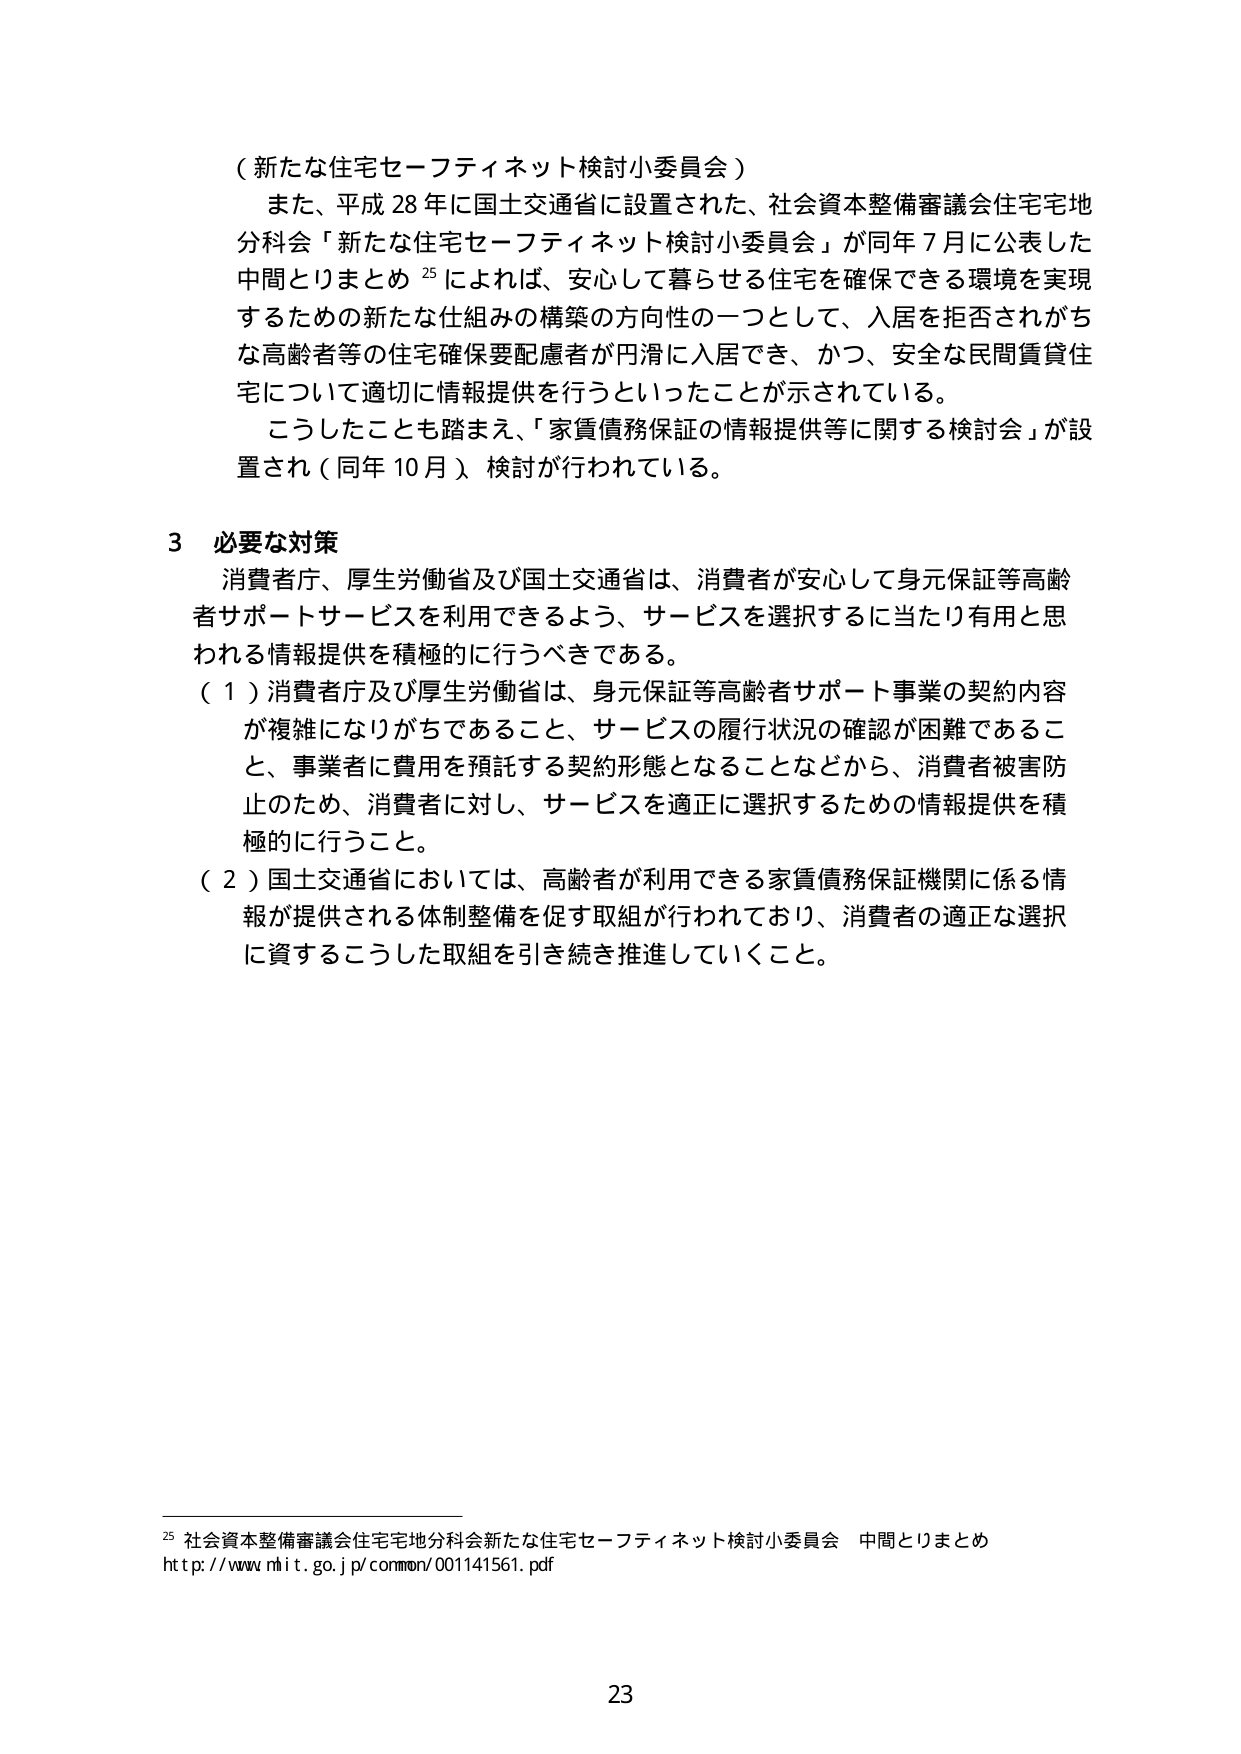
（新たな住宅セーフティネット検討小委員会）

また、平成28年に国土交通省に設置された、社会資本整備審議会住宅宅地分科会「新たな住宅セーフティネット検討小委員会」が同年7月に公表した中間とりまとめ25によれば、安心して暮らせる住宅を確保できる環境を実現するための新たな仕組みの構築の方向性の一つとして、入居を拒否されがちな高齢者等の住宅確保要配慮者が円滑に入居でき、かつ、安全な民間賃貸住宅について適切に情報提供を行うといったことが示されている。

こうしたことも踏まえ、「家賃債務保証の情報提供等に関する検討会」が設置され（同年10月）、検討が行われている。

3 必要な対策

消費者庁、厚生労働省及び国土交通省は、消費者が安心して身元保証等高齢者サポートサービスを利用できるよう、サービスを選択するに当たり有用と思われる情報提供を積極的に行うべきである。

（1）消費者庁及び厚生労働省は、身元保証等高齢者サポート事業の契約内容が複雑になりがちであること、サービスの履行状況の確認が困難であること、事業者に費用を預託する契約形態となることなどから、消費者被害防止のため、消費者に対し、サービスを適正に選択するための情報提供を積極的に行うこと。

（2）国土交通省においては、高齢者が利用できる家賃債務保証機関に係る情報が提供される体制整備を促す取組が行われており、消費者の適正な選択に資するこうした取組を引き続き推進していくこと。

25 社会資本整備審議会住宅宅地分科会新たな住宅セーフティネット検討小委員会 中間とりまとめ
http://www.mlit.go.jp/common/001141561.pdf

23